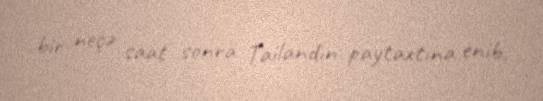
bir neçə saat sonra Tailandın paytaxtına enib.